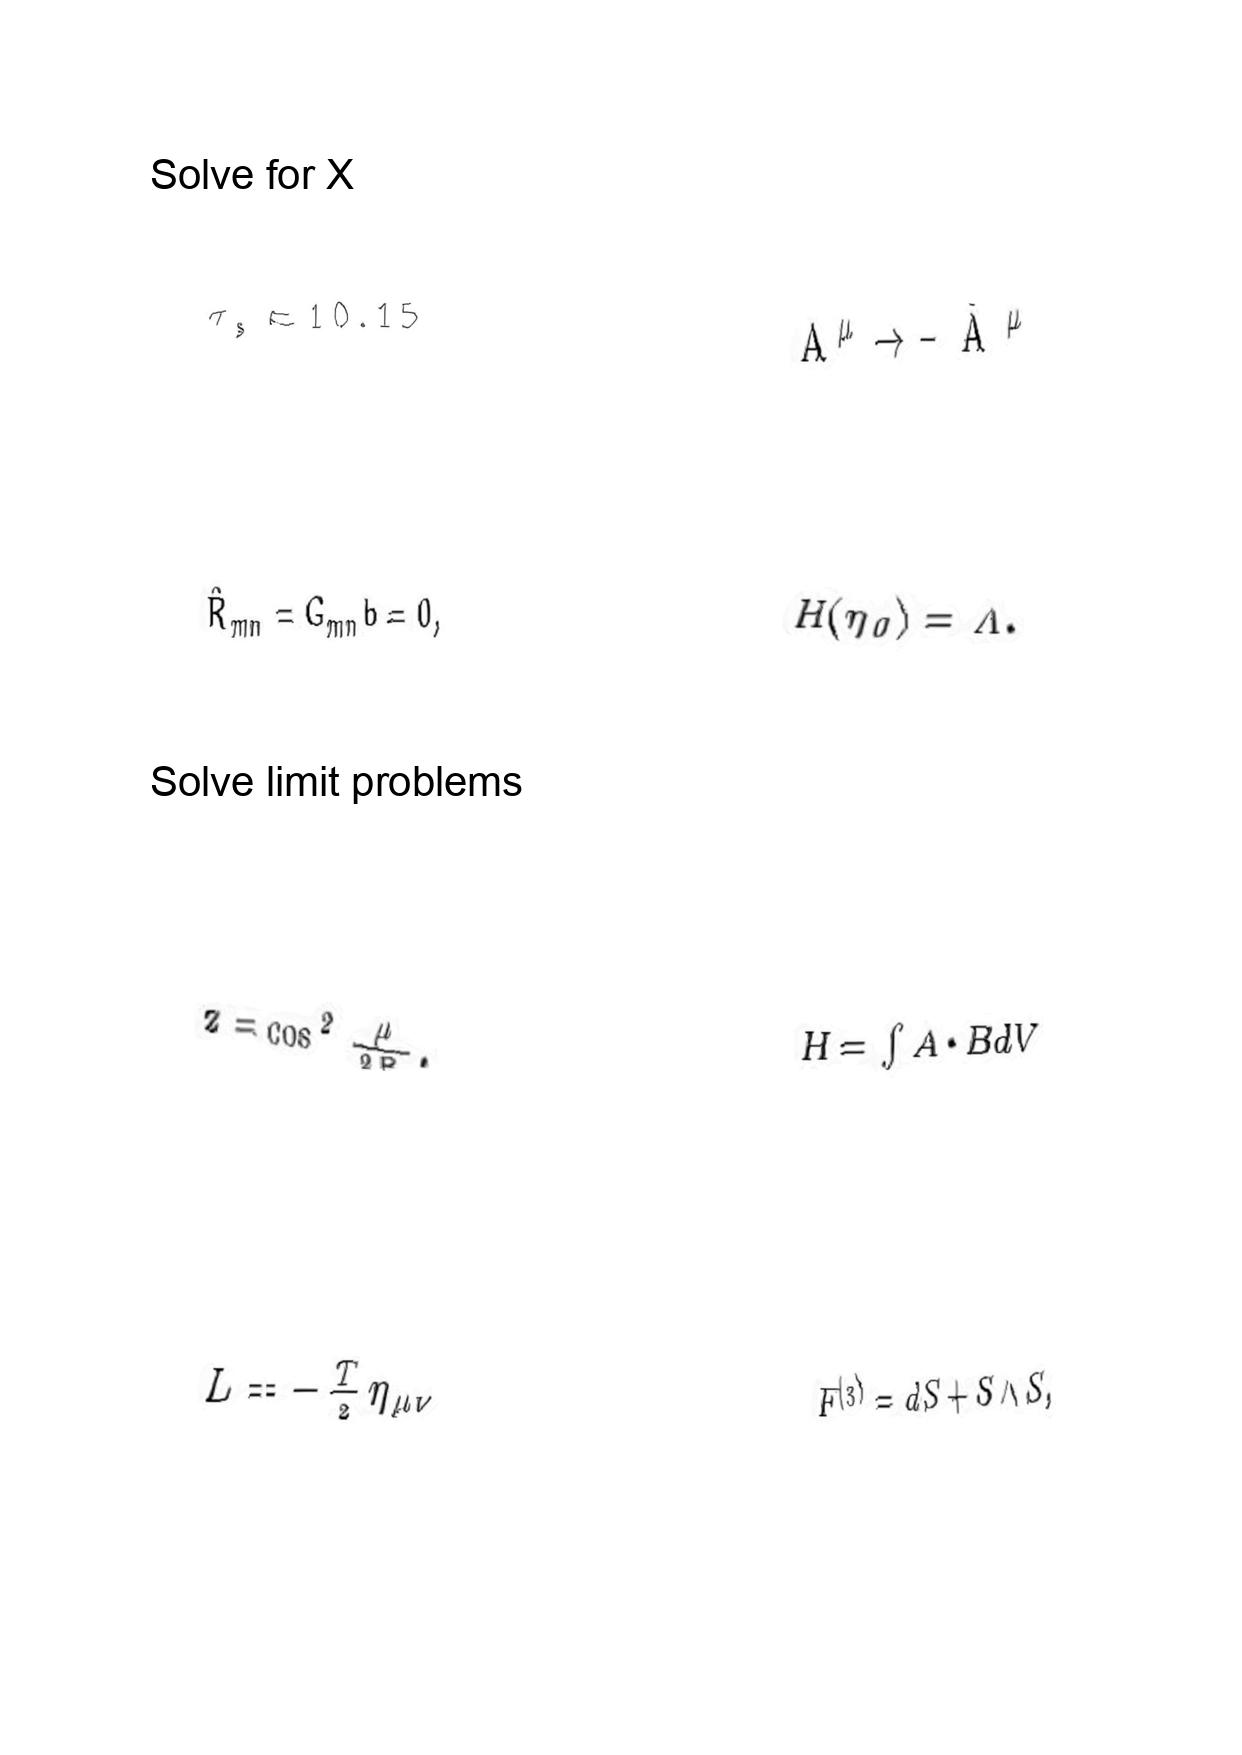
LaTeX transcription:
\tau _ { s } \approx 1 0 . 1 5
\hat { R } _ { m n } = G _ { m n } b = 0 ,
z = \cos ^ { 2 } \frac { \mu } { 2 R } .
L = - \frac { T } { 2 } \eta _ { \mu \nu }
A ^ { \mu } \rightarrow - \tilde { A } ^ { \mu }
H \lparen \eta _ { 0 } \rparen = \Lambda .
H = \int A \cdot B d V
F ^ { \lparen 3 \rparen } = d S + S \wedge S ,